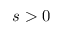
s > 0